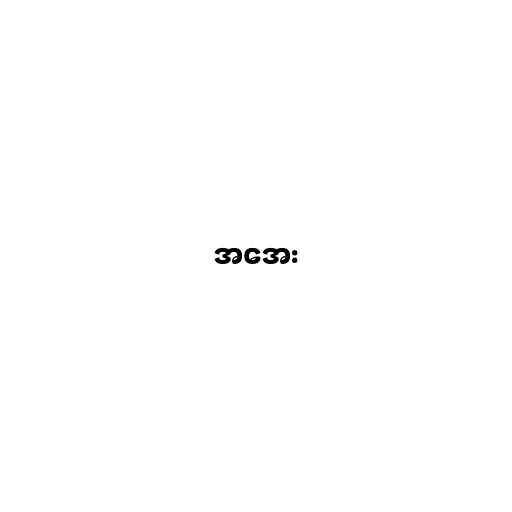
အအေး